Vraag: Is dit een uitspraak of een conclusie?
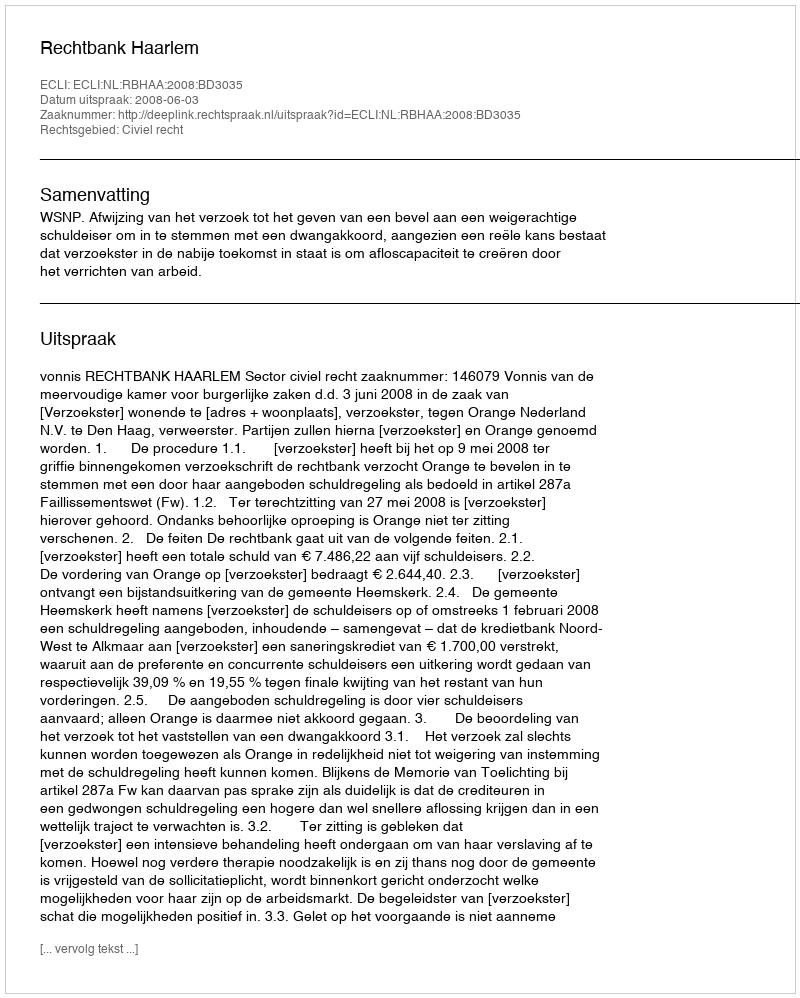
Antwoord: Uitspraak